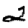
Digit: 2